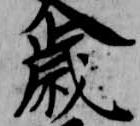
歳